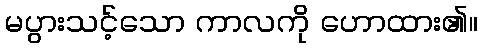
မပွားသင့်သော ကာလကို ဟောထား၏။